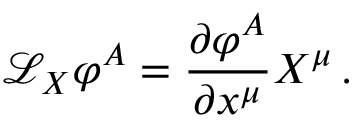
{ \mathcal { L } } _ { X } \varphi ^ { A } = { \frac { \partial \varphi ^ { A } } { \partial x ^ { \mu } } } X ^ { \mu } \, .